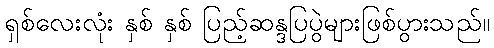
ရှစ်လေးလုံး နှစ် နှစ် ပြည့်ဆန္ဒပြပွဲများဖြစ်ပွားသည်။